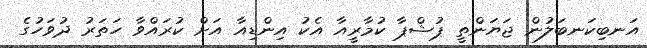
އަނބިކަނބަލުން ޖަޔަންތީ ޕުޝްޕާ ކުމާރީއާ އެކު އިންޑިއާ އަށް ކުރައްވާ ހަތަރު ދުވަހުގެ